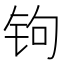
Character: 𰽭